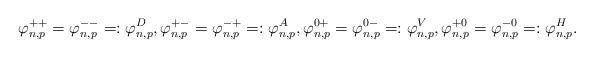
LaTeX: \begin{align*}\varphi^{++}_{n,p} = \varphi^{--}_{n,p} =: \varphi^{D}_{n,p}, \varphi^{+-}_{n,p} = \varphi^{-+}_{n,p} =: \varphi^{A}_{n,p}, \varphi^{0+}_{n,p} = \varphi^{0-}_{n,p} =: \varphi^{V}_{n,p}, \varphi^{+0}_{n,p} = \varphi^{-0}_{n,p} =: \varphi^{H}_{n,p}.\end{align*}